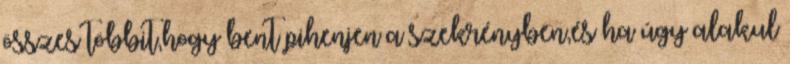
összes többit,hogy bent pihenjen a szekrényben,és ha úgy alakul